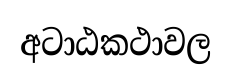
අටාඨකථාවල